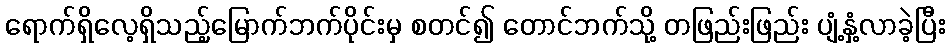
ရောက်ရှိလေ့ရှိသည့်မြောက်ဘက်ပိုင်းမှ စတင်၍ တောင်ဘက်သို့ တဖြည်းဖြည်း ပျံ့နှံ့လာခဲ့ပြီး